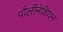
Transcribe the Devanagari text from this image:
पौलीनेशियन